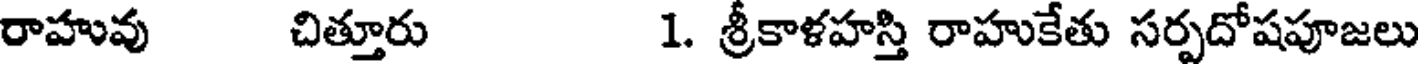
రాహువు చిత్తూరు 1. శ్రీకాళహస్తి రాహుకేతు సర్పదోషపూజలు